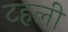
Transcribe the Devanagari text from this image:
टहली